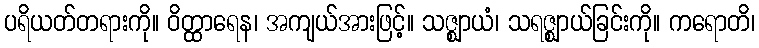
ပရိယတ်တရားကို။ ဝိတ္ထာရေန၊ အကျယ်အားဖြင့်။ သဇ္ဈာယံ၊ သရဇ္ဈာယ်ခြင်းကို။ ကရောတိ၊